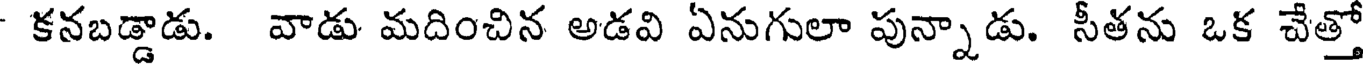
కనబడ్డాడు. వాడు మదించిన అడవి ఏనుగులా పున్నాడు. సీతను ఒక చేత్తో